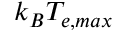
k _ { B } T _ { e , m a x }